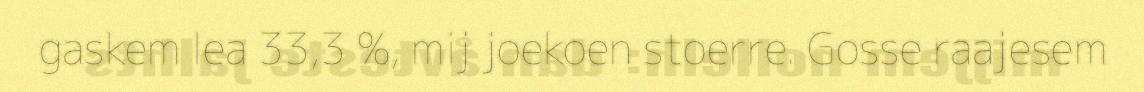
gaskem lea 33,3 %, mij joekoen stoerre. Gosse raajesem